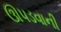
ઊપડવાની